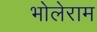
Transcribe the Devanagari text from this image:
भोलेराम